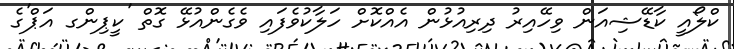
ކްލޯއީ ކާޑޭޝިއަން ވިހޭއިރު ދިރިއުޅުން އެއްކޮށް ހަލާކުވެފައި ވެގެންއުޅޭ ގޮތް 'ކީޕިންގ އަޕް'ގެ